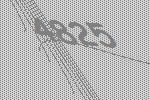
4825